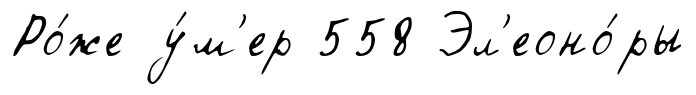
Ро́же у́м'ер 558 Эл'еоно́ры